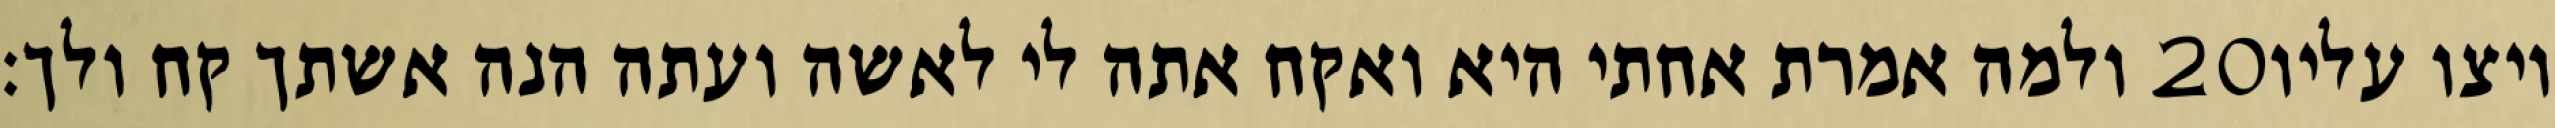
ולמה אמרת אחתי היא ואקח אתה לי לאשה ועתה הנה אשתך קח ולך׃ ‎20‏ ויצו עליו